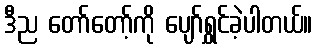
ဒီည တော်တော့်ကို ပျော်ရွှင်ခဲ့ပါတယ်။